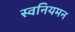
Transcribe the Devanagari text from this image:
स्वनियमन